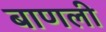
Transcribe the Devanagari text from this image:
बाणली